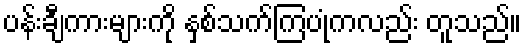
ပန်းချီကားများကို နှစ်သက်ကြပုံကလည်း တူသည်။